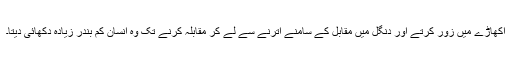
اکھاڑے میں زور کرتے اور دنگل میں مقابل کے سامنے اترنے سے لے کر مقابلہ کرنے تک وہ انسان کم بندر زیادہ دکھائی دیتا۔